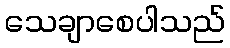
သေချာစေပါသည်